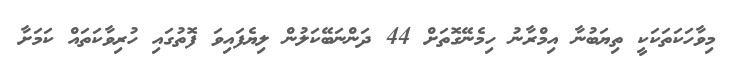
މިވާހަކަތަކަކީ ތިޔަބުނާ އިމްރާނު ހިމެނޭގޮތަށް 44 ދަންނަބޭކަލުން ލިޔެފައިވަ ފޮތުގައި ހުރިވާކަތައް ކަމަށާ